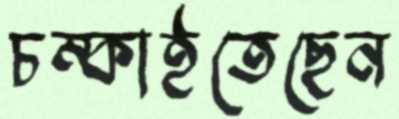
চম্‌কাইতেছেন